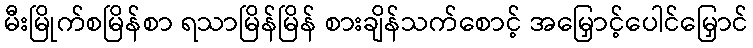
မီးမြိုက်စမြိန်စာ ရသာမြိန်မြိန် စားချိန်သက်စောင့် အမြှောင့်ပေါင်မြှောင်